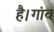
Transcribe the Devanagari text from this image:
है।गांव